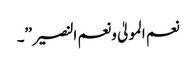
نعم المولیٰ ونعم النصیر’’۔